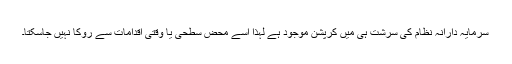
سرمایہ دارانہ نظام کی سرشت ہی میں کرپشن موجود ہے لہٰذا اسے محض سطحی یا وقتی اقدامات سے روکا نہیں جاسکتا۔